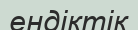
ендіктік